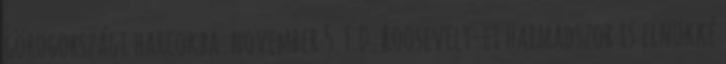
görögországi harcokba. november 5. F.D. Roosevelt-et harmadszor is elnökké